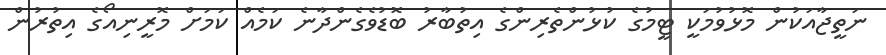
ނަތީޖާއަކުން މޮޅުވުމަކީ ޓީމުގެ ކުޅުންތެރިންގެ އިތުބާރު ބޮޑުވެގެންދާނެ ކަމެއް ކަމަށް މޮރީނިއޯގެ އިތުރުން